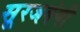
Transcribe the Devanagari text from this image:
सूरजवंषी